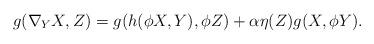
LaTeX: \begin{align*} g(\nabla_YX,Z)=g(h(\phi X,Y),\phi Z)+\alpha \eta(Z)g(X,\phi Y). \end{align*}